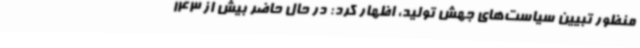
منظور تبیین سیاست‌های جهش تولید، اظهار کرد: در حال حاضر بیش از 143